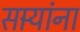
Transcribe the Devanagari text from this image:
सार्‍यांना